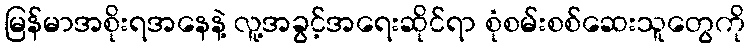
မြန်မာအစိုးရအနေနဲ့ လူ့အခွင့်အရေးဆိုင်ရာ စုံစမ်းစစ်ဆေးသူတွေကို